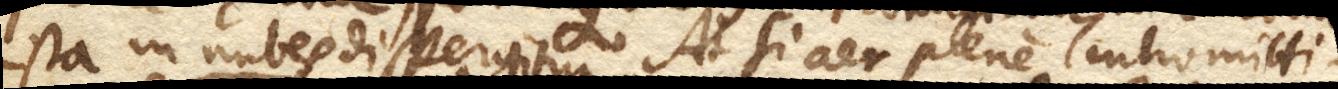
ista in nubes dispergitur. At si aer plene intromitti–